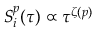
S _ { i } ^ { p } ( \tau ) \propto \tau ^ { \zeta ( p ) }